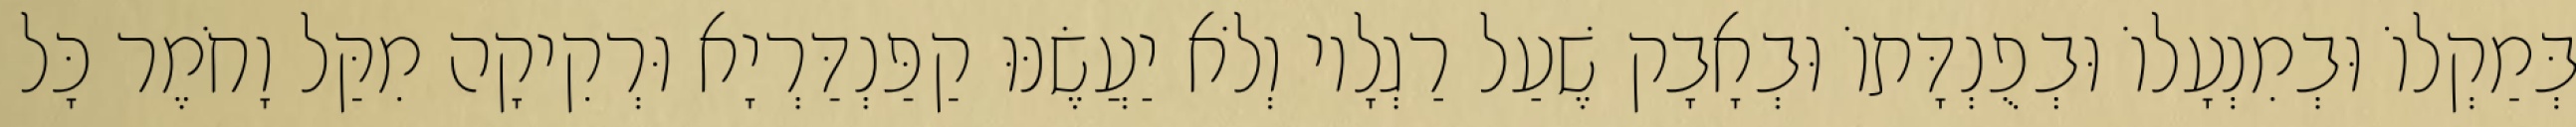
בְּמַקְלוֹ וּבְמִנְעָלוֹ וּבְפֻנְדָּתוֹ וּבְאָבָק שֶׁעַל רַגְלָיו וְלֹא יַעֲשֶׂנּוּ קַפַּנְדַּרְיָא וּרְקִיקָה מִקַּל וָחֹמֶר כָּל